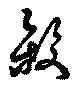
殺